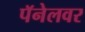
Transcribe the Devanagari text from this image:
पॅनेलवर